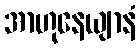
အာဟုနေယျာနံ